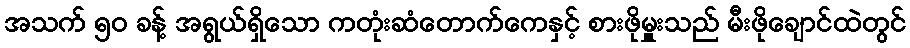
အသက် ၅၀ ခန့် အရွယ်ရှိသော ကတုံးဆံတောက်ကေနှင့် စားဖိုမှူးသည် မီးဖိုချောင်ထဲတွင်